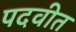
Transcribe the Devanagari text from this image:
पदवीत